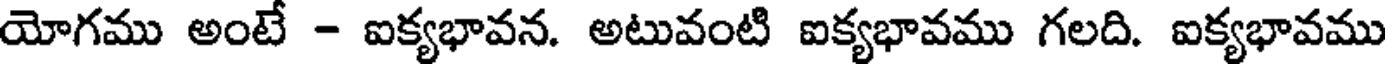
యోగము అంటే - ఐక్యభావన. అటువంటి ఐక్యభావము గలది. ఐక్యభావము